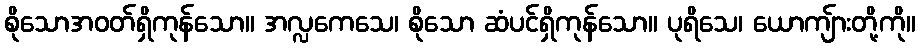
စိုသောအဝတ်ရှိကုန်သော။ အလ္လကေသေ၊ စိုသော ဆံပင်ရှိကုန်သော။ ပုရိသေ၊ ယောကျ်ားတို့ကို။